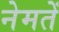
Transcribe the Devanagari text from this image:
नेमतें